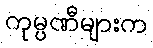
ကုမ္ပဏီများက